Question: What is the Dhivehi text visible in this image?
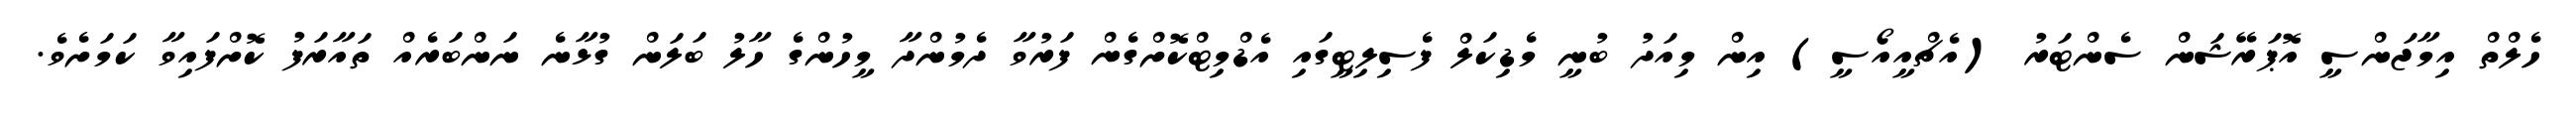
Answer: ހެލްތް އިމާޖަންސީ އޮޕަރޭޝަން ސެންޓަރު (އެޗްއީއޯސީ) އިން މިއަދު ބުނީ މެޑިކަލް ފެސިލިޓީގައި އެޑްމިޓްކޮށްގެން ފަރުވާ ދެމުންދާ މީހުންގެ ހާލު ބަލަން ގުޅާނެ ނަންބަރެއް ތައާރަފު ކޮށްފައިވާ ކަމަށެވެ.